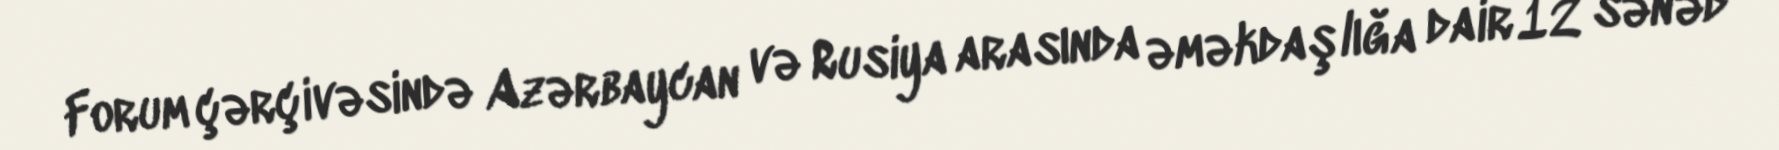
Forum çərçivəsində Azərbaycan və Rusiya arasında əməkdaşlığa dair 12 sənəd